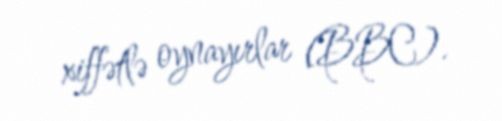
xiffətlə oynayırlar (BBC).